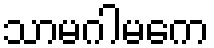
သာမဂါမကေ